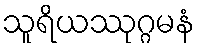
သူရိယဿုဂ္ဂမနံ